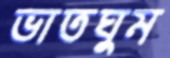
ভাতঘুম